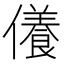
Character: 𠐒